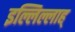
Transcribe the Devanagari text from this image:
इल्लिल्लाह्